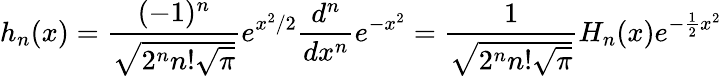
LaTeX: h_{n}(x)=\frac{(-1)^{n}}{\sqrt{2^{n}n!\sqrt{\pi}}}e^{x^{2}/2}\frac{d^{n}}{dx^{n}}e^{-x^{2}}=\frac{1}{\sqrt{2^{n}n!\sqrt{\pi}}}H_{n}(x)e^{-\frac{1}{2}x^{2}}